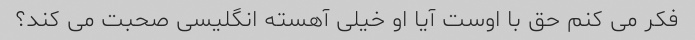
فکر می کنم حق با اوست آیا او خیلی آهسته انگلیسی صحبت می کند؟